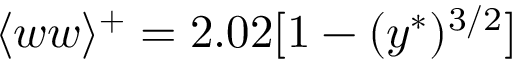
\langle w w \rangle ^ { + } = 2 . 0 2 [ 1 - ( y ^ { \ast } ) ^ { 3 / 2 } ]